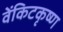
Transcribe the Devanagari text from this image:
वेंकिटकृष्ण